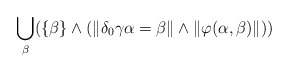
\begin{align*}\bigcup_{\beta} (\{\beta\} \wedge (\| \delta_0\gamma \alpha = \beta \| \wedge \| \varphi(\alpha, \beta)\|))\end{align*}